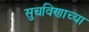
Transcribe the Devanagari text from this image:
सुचविणाच्या